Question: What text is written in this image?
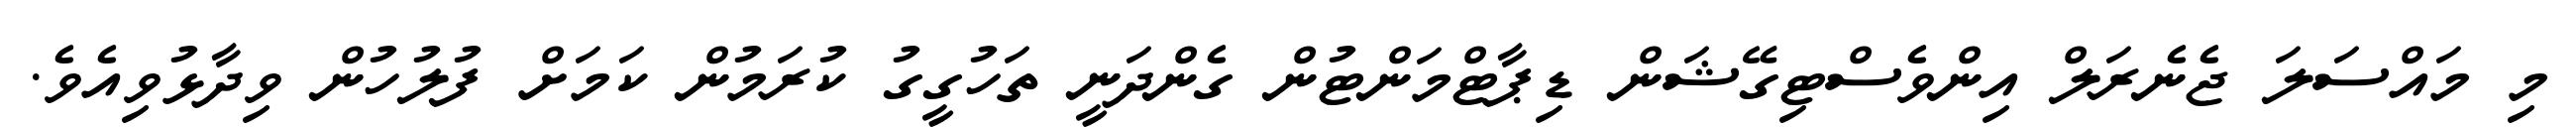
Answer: މި މައްސަލަ ޖެނެރަލް އިންވެސްޓިގޭޝަން ޑިޕާޓްމަންޓުން ގެންދަނީ ތަހުގީގު ކުރަމުން ކަމަށް ފުލުހުން ވިދާޅުވިއެވެ.